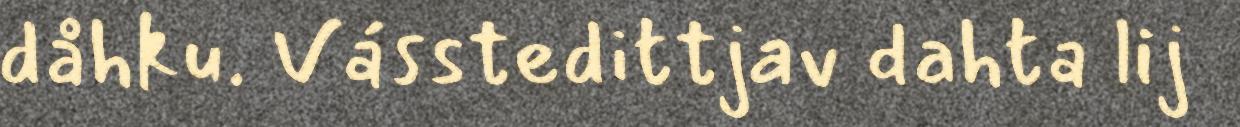
dåhku. Vásstedittjav dahta lij